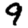
Digit: 9